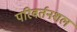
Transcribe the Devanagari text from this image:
परिवर्तनशल